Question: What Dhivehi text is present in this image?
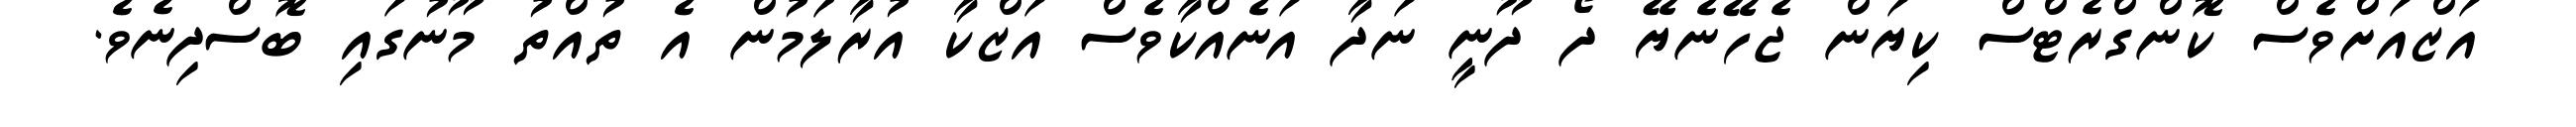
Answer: އަޒްއަށްވެސް ކޮންގްރެޓްސް ކިޔަން ޖެހޭނެޔޭ ދޯ ދޫނީ ނަދާ އަނެއްކާވެސް އަޒްކާ އުރާލަމުން އެ ތުއްތު މޫނުގައި ބޮސްދިނެވެ.